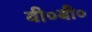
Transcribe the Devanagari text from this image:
वी०बी०